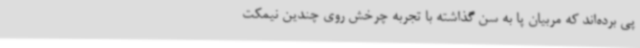
پی برده‌اند که مربیان پا به سن گذاشته با تجربه چرخش روی چندین نیمکت